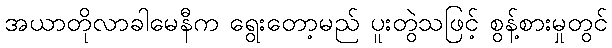
အယာတိုလာခါမေနီက ရွေးတော့မည် ပူးတွဲသဖြင့် စွန့်စားမှုတွင်